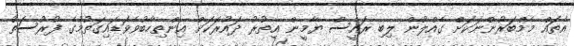
އެތައް މެމްބަރުންނަކަށް ގެއްލުން ލިބި ރައީސް ޔާމީން އިތުރު ދައުރަކަށް އިންތިހާބުވެވަޑައިގަތުމުގެ ފުރުސަތު